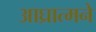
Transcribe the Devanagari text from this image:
आघ्रात्मने